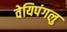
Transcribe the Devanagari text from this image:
वेयिपंगलु